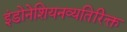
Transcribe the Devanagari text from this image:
इंडोनेशियनव्यतिरिक्त